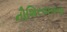
નૌશિરવાનના